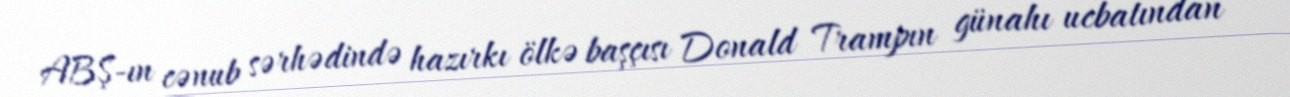
ABŞ-ın cənub sərhədində hazırkı ölkə başçısı Donald Trampın günahı ucbatından